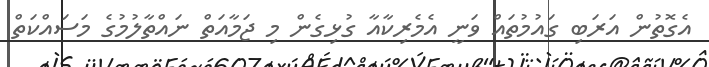
އެގޮތުން އަރަބި ގައުމުތައް ވަނީ އެމެރިކާއާ ގުޅިގެން މި ޖަމާއަތް ނައްތާލުމުގެ މަސައްކަތް